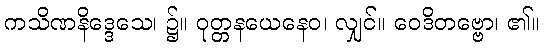
ကသိဏနိဒ္ဒေသေ၊ ၌။ ဝုတ္တနယေနေဝ၊ လျှင်။ ဝေဒိတဗ္ဗော၊ ၏။